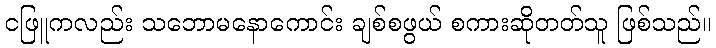
ငဖြူကလည်း သဘောမနောကောင်း ချစ်စဖွယ် စကားဆိုတတ်သူ ဖြစ်သည်။